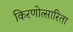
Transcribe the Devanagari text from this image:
किरणोत्सारिता